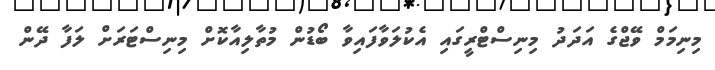
މިނިމަމް ވޭޖްގެ އަދަދު މިނިސްޓްރީގައި އެކުލަވާފައިވާ ބޯޑުން މުތާލިއާކޮށް މިނިސްޓަރަށް ލަފާ ދޭން